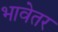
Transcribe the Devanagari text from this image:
भावेतर